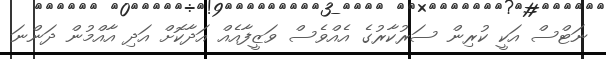
ނަޓްސް އަކީ ކުރިން ސަރުކާރުގެ އެއްވެސް ވަޒީފާއެއް އަދާކޮށް އަދި އާއްމުން ދަންނަ